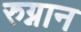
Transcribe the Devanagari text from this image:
रुग्नान